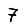
Digit: 7